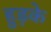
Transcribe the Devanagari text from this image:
हुड़के